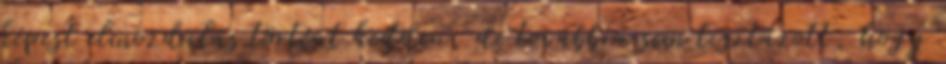
képest elmozdulás történt kedden, de továbbra sem tisztázott, hogy